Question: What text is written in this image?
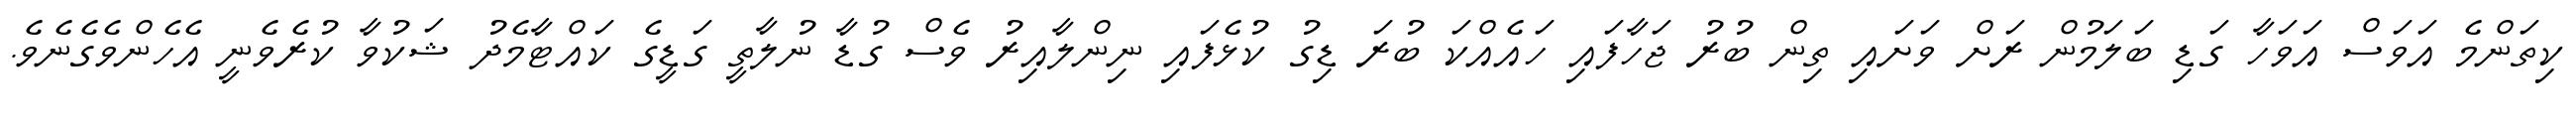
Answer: ކިތަންމެ އަވަސް އަވަހާ ގަޑި ބަލަމުން ރަށް ވަށައި ތިން ބުރު ޖަހާފައި ހައެއްކަ ބުރަ ޑިގު ކުޅެފައި ނިންލާއިރު ވެސް ގުޑާ ނުލާތީ ގަޑީގެ ކައްޓާމެދު ޝަކުވާ ކުރެވެނީ އެހެންވެގެނެވެ.